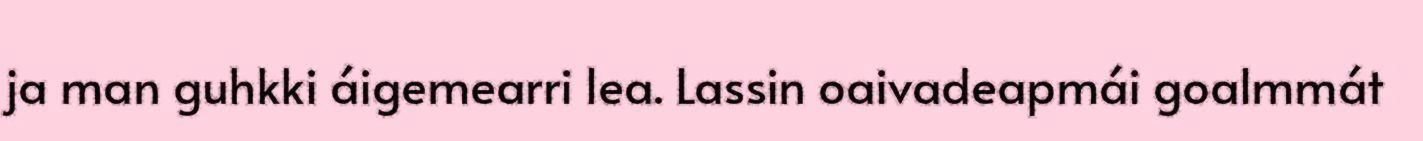
ja man guhkki áigemearri lea. Lassin oaivadeapmái goalmmát